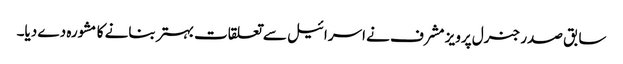
سابق صدر جنرل پرویز مشرف نے اسرائیل سے تعلقات بہتر بنانے کا مشورہ دے دیا۔